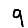
Digit: 9